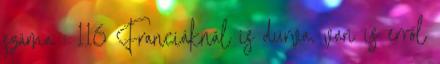
száma : 116 Franciáknál is durva, van is erről